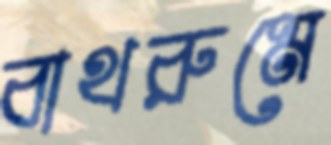
বাথরুমে